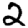
Digit: 2